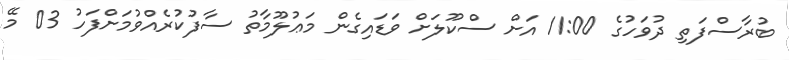
ބުރާސްފަތި ދުވަހުގެ 11:00 އަށް ސްކޫލަށް ވަޑައިގެން މަޢުލޫމާތު ސާފުކުރެއްވުމަށްފަހު 03 މޭ